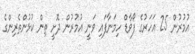
އުމުރުން 25 އަހަރުގެ ފޯވާޑް ހިމަނާފައި ވަނީ އުމުރުން ދޮށީ ތިން ކުޅުންތެރިންގެ